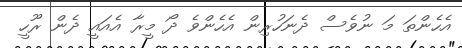
އެހެންތަ މަ ނުވެސް ދެނަހުރިން އެހެންވެ ދޯ މީރާ އެއައީ ދެން ރޫހީ